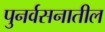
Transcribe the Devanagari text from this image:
पुनर्वसनातील